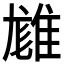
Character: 𨿙